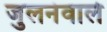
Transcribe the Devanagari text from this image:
जुलनेवाले